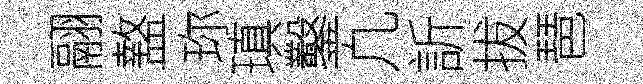
翮盩珎瑱鑿凢訢拔琶